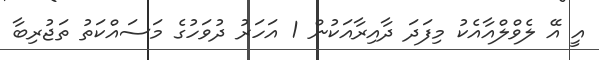
އީ އޭ ލެވްލްއާއެކު މިފަދަ ދާއިރާއަކުން 1 އަހަރު ދުވަހުގެ މަސައްކަތު ތަޖުރިބާ